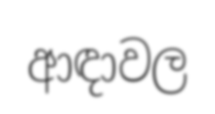
ආඳාවල